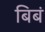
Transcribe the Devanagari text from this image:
बिबं